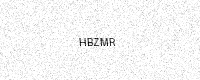
Text: HBZMR